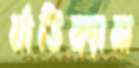
র‍্যাডিক্যাল